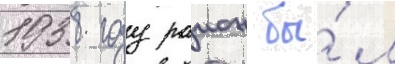
1938 году раион бы́л